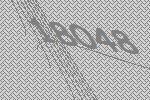
18048